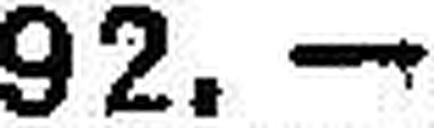
92.—